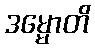
ဒမ္မောတိ